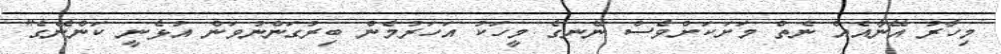
މިހާރު އޭނާއެއް ނެތް މަށަކަށްވެސް ނޭނގެ މީހަކު އަހަރުމެން ބިރުގަންނުވަން އުޅެނީ ކަންނޭގެ"